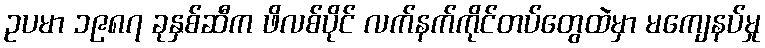
ဥပမာ ၁၉၈၇ ခုနှစ်ဆီက ဖိလစ်ပိုင် လက်နက်ကိုင်တပ်တွေထဲမှာ မကျေနပ်မှု